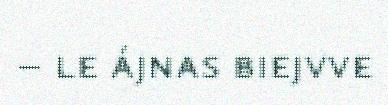
– le ájnas biejvve